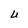
Character: U